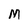
Character: M